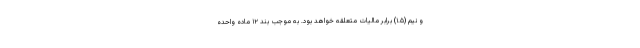
و نیم (۱.۵) برابر مالیات متعلقه خواهد بود. به موجب بند ۱۲ ماده واحده